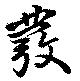
発